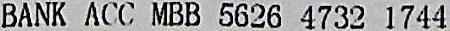
BANK ACC MBB 5626 4732 1744